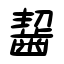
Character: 齧